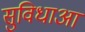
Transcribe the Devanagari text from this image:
सुविधाआ